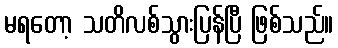
မရတော့ သတိလစ်သွားပြန်ပြီ ဖြစ်သည်။